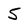
Character: 5